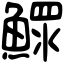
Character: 鰥